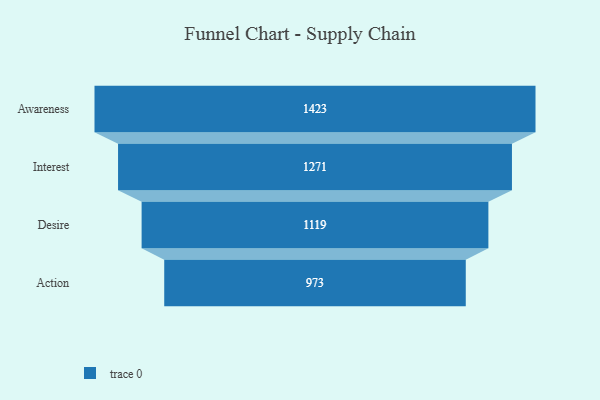
{"axis": {"x": "Stage", "y": "Value"}, "legend": [""], "data": [{"x": "Awareness", "y": 1423.0, "type": ""}, {"x": "Interest", "y": 1271.0, "type": ""}, {"x": "Desire", "y": 1119.0, "type": ""}, {"x": "Action", "y": 973.0, "type": ""}]}